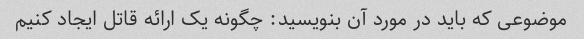
موضوعی که باید در مورد آن بنویسید: چگونه یک ارائه قاتل ایجاد کنیم